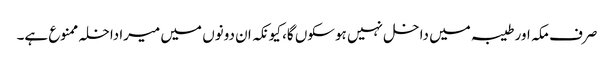
صرف مکہ اور طیبہ میں داخل نہیں ہوسکوں گا، کیونکہ ان دونوں میں میراداخلہ ممنوع ہے۔